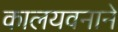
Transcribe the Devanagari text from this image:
कालयवनाने